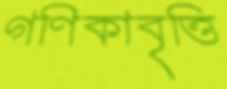
গণিকাবৃত্তি